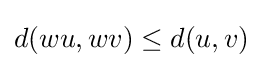
d(wu,wv)\leq d(u,v)